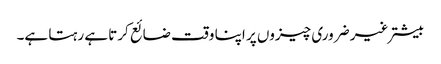
بیشتر غیر ضروری چیزوں پر اپنا وقت ضائع کرتا ہے رہتا ہے۔